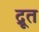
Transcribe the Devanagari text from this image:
द्रूत